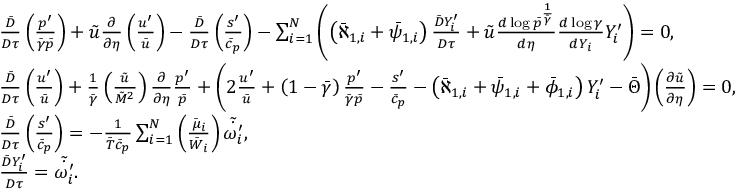
\begin{array} { r l } & { \frac { \bar { D } } { D \tau } \left( \frac { p ^ { \prime } } { \bar { \gamma } \bar { p } } \right) + \Tilde { u } \frac { \partial } { \partial \eta } \left( \frac { u ^ { \prime } } { \bar { u } } \right) - \frac { \bar { D } } { D \tau } \left( \frac { s ^ { \prime } } { \bar { c } _ { p } } \right) - \sum _ { i = 1 } ^ { N } \left( \left( \bar { \aleph } _ { 1 , i } + \bar { \psi } _ { 1 , i } \right) \frac { \bar { D } Y _ { i } ^ { \prime } } { D \tau } + \tilde { u } \frac { d \log \bar { p } ^ { \frac { 1 } { \bar { \gamma } } } } { d \eta } \frac { d \log \gamma } { d Y _ { i } } Y _ { i } ^ { \prime } \right) = 0 , } \\ & { \frac { \bar { D } } { D \tau } \left( \frac { u ^ { \prime } } { \bar { u } } \right) + \frac { 1 } { \bar { \gamma } } \left( \frac { \Tilde { u } } { \Tilde { M } ^ { 2 } } \right) \frac { \partial } { \partial \eta } \frac { p ^ { \prime } } { \bar { p } } + \Bigg ( 2 \frac { u ^ { \prime } } { \bar { u } } + \left( 1 - \bar { \gamma } \right) \frac { p ^ { \prime } } { \bar { \gamma } \bar { p } } - \frac { s ^ { \prime } } { \bar { c } _ { p } } - \left( \bar { \aleph } _ { 1 , i } + \bar { \psi } _ { 1 , i } + \bar { \phi } _ { 1 , i } \right) Y _ { i } ^ { \prime } - \bar { \Theta } \Bigg ) \left( \frac { \partial \Tilde { u } } { \partial \eta } \right) = 0 , } \\ & { \frac { \bar { D } } { D \tau } \left( \frac { s ^ { \prime } } { \bar { c } _ { p } } \right) = - \frac { 1 } { \bar { T } \bar { c } _ { p } } \sum _ { i = 1 } ^ { N } \left( \frac { \bar { \mu } _ { i } } { \bar { W } _ { i } } \right) \tilde { \dot { \omega _ { i } ^ { \prime } } } , } \\ & { \frac { \bar { D } Y _ { i } ^ { \prime } } { D \tau } = \tilde { \dot { \omega _ { i } ^ { \prime } } } . } \end{array}